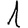
Digit: 1